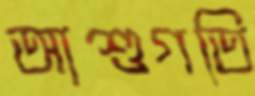
আশুগতি